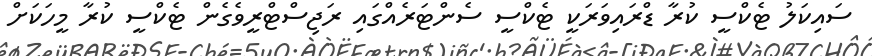
ސައިކަލު ޓެކްސީ ކުރާ ޑްރައިވަރަކީ ޓެކްސީ ސެންޓަރެއްގައި ރަޖިސްޓްރީވެގެން ޓެކްސީ ކުރާ މީހަކަށް